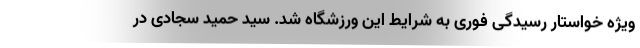
ویژه خواستار رسیدگی فوری به شرایط این ورزشگاه شد. سید حمید سجادی در